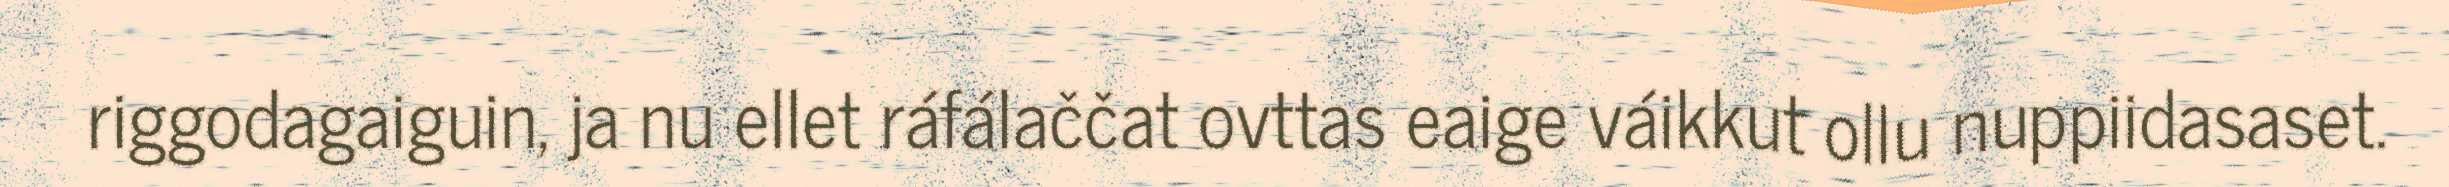
riggodagaiguin, ja nu ellet ráfálaččat ovttas eaige váikkut ollu nuppiidasaset.